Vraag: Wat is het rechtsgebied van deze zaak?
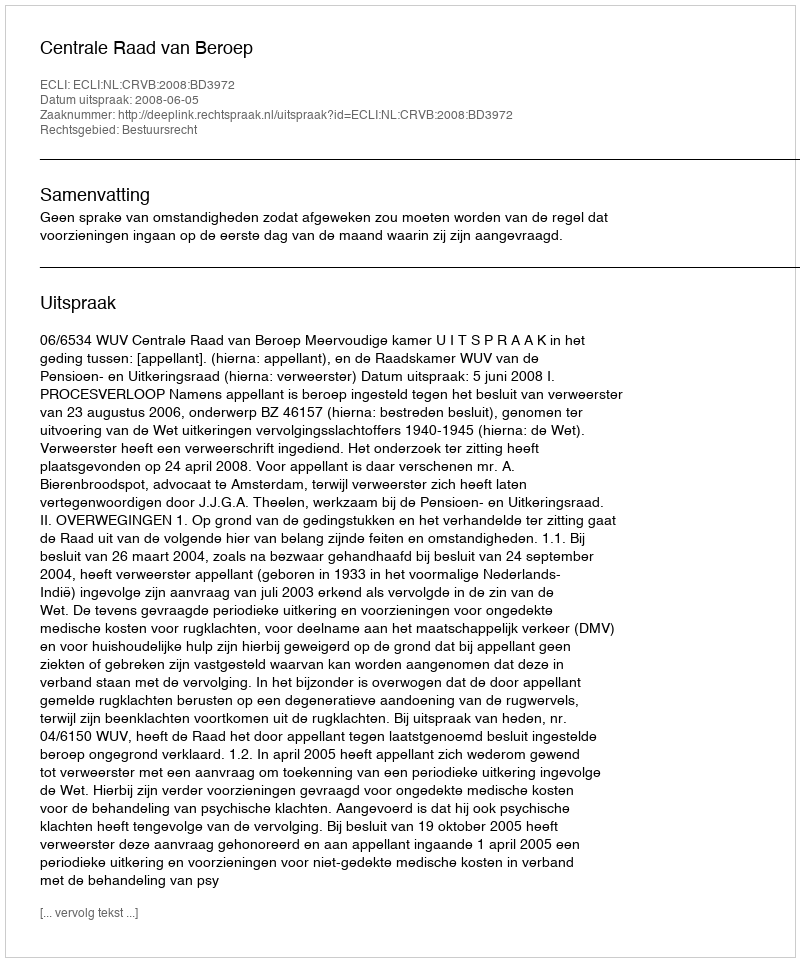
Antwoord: Bestuursrecht